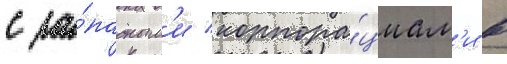
с за́падным'и корпора́циам'и в